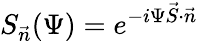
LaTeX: S_{\vec{n}}(\Psi)=e^{-i\Psi\vec{S}\cdot\vec{n}}